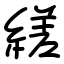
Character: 縒